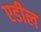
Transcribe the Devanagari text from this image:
एडील